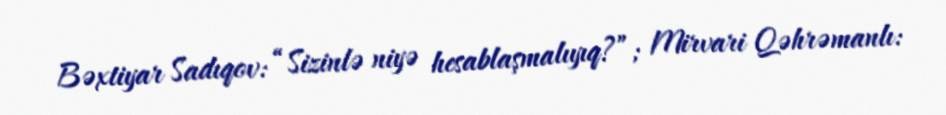
Bəxtiyar Sadıqov: “Sizinlə niyə hesablaşmalıyıq?”; Mirvari Qəhrəmanlı: